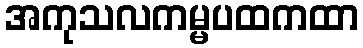
အကုသလကမ္မပထကထာ